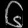
Digit: ၆